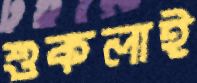
শুকলাই